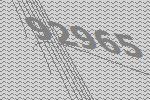
92965